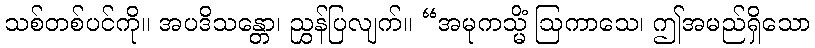
သစ်တစ်ပင်ကို။ အပဒိသန္တော၊ ညွှန်ပြလျက်။ “အမုကသ္မိံ ဩကာသေ၊ ဤအမည်ရှိသော